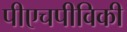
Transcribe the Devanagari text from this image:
पीएचपीविकी